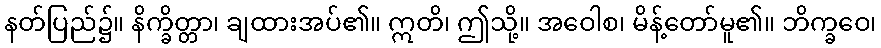
နတ်ပြည်၌။ နိက္ခိတ္တာ၊ ချထားအပ်၏။ ဣတိ၊ ဤသို့။ အဝေါစ၊ မိန့်တော်မူ၏။ ဘိက္ခဝေ၊